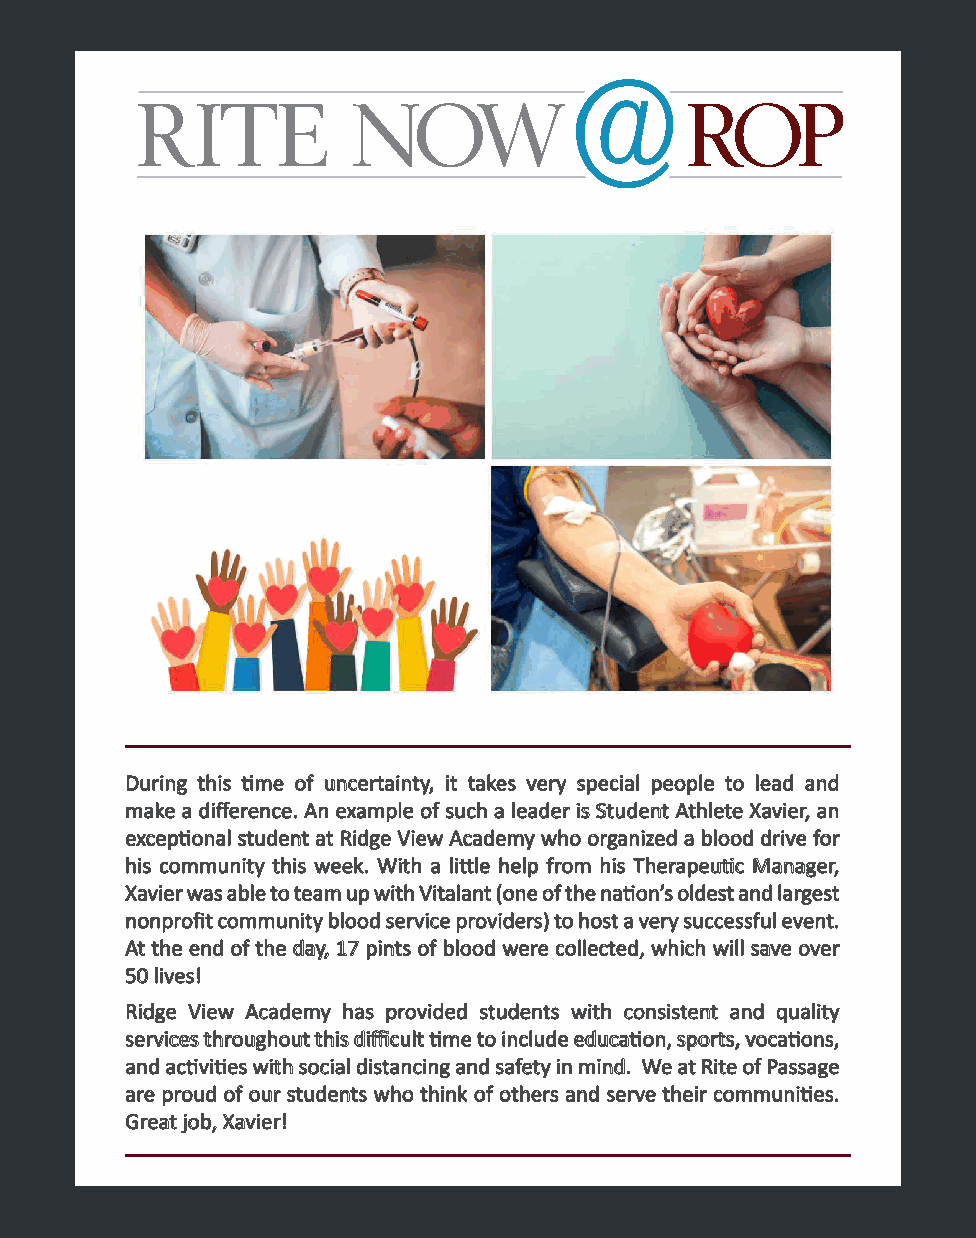
DDuurriinngg tthhiiss titimmee ooff uunncceerrttaaiinnttyy,, iitt ttaakkeess vveerryy ssppeecciiaall ppeeooppllee ttoo lleeaadd aanndd
 mmaakkee aa ddiiffffeerreennccee.. AAnn eexxaammppllee ooff ssuucchh aa lleeaaddeerr iiss SSttuuddeenntt AAtthhlleettee XXaavviieerr,, aann
 eexxcceepptitioonnaall ssttuuddeenntt aatt RRiiddggee VViieeww AAccaaddeemmyy wwhhoo oorrggaanniizzeedd aa bblloooodd ddrriivvee ffoorr
 hhiiss ccoommmmuunniittyy tthhiiss wweeeekk.. WWiitthh aa lliittttllee hheellpp ffrroomm hhiiss TThheerraappeeuutiticc MMaannaaggeerr,,
 XXaavviieerr wwaass aabbllee ttoo tteeaamm uupp wwiitthh VViittaallaanntt ((oonnee ooff tthhee nnaatitioonn’’ss oollddeesstt aanndd llaarrggeesstt
 nnoonnpprroofifitt ccoommmmuunniittyy bblloooodd sseerrvviiccee pprroovviiddeerrss)) ttoo hhoosstt aa vveerryy ssuucccceessssffuull eevveenntt..
 AAtt tthhee eenndd ooff tthhee ddaayy,, 1177 ppiinnttss ooff bblloooodd wweerree ccoolllleecctteedd,, wwhhiicchh wwiillll ssaavvee oovveerr
 5500 lliivveess!!
 RRiiddggee VViieeww AAccaaddeemmyy hhaass pprroovviiddeedd ssttuuddeennttss wwiitthh ccoonnssiisstteenntt aanndd qquuaalliittyy
 sseerrvviicceess tthhrroouugghhoouutt tthhiiss ddiiffifficcuulltt titimmee ttoo iinncclluuddee eedduuccaatitioonn,, ssppoorrttss,, vvooccaatitioonnss,,
 aanndd aacctitivviititieess wwiitthh ssoocciiaall ddiissttaanncciinngg aanndd ssaaffeettyy iinn mmiinndd.. WWee aatt RRiittee ooff PPaassssaaggee
 aarree pprroouudd ooff oouurr ssttuuddeennttss wwhhoo tthhiinnkk ooff ootthheerrss aanndd sseerrvvee tthheeiirr ccoommmmuunniititieess..
 GGrreeaatt jjoobb,, XXaavviieerr!!